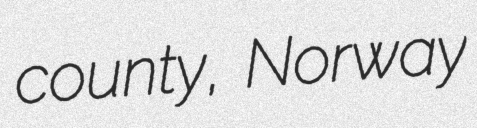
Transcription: county, Norway